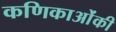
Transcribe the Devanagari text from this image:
कणिकाओंकी